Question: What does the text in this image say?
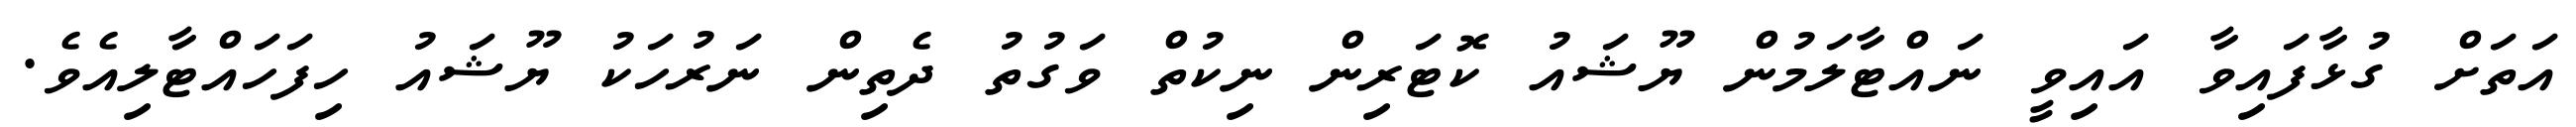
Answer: އަތަށް ގުޅާފައިވާ އައިވީ ނައްޓާލަމުން ޔޫޝައު ކޮޓަރިން ނިކުތް ވަގުތު ދެތިން ނަރުހަކު ޔޫޝައު ހިފަހައްޓާލިއެވެ.